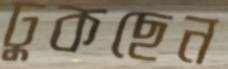
ঢুকছেন